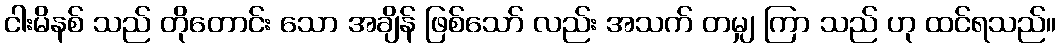
ငါးမိနစ် သည် တိုတောင်း သော အချိန် ဖြစ်သော် လည်း အသက် တမျှ ကြာ သည် ဟု ထင်ရသည်။